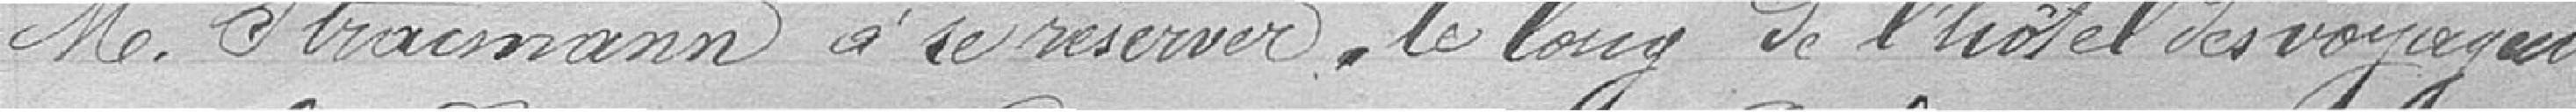
monsieur Stractman à se réserver, le long de l'hôtel des voyageurs,